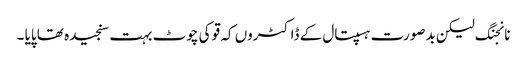
نانجنگ لیکن بدصورت ہسپتال کے ڈاکٹروں کہ قو کی چوٹ بہت سنجیدہ تھا پایا ۔